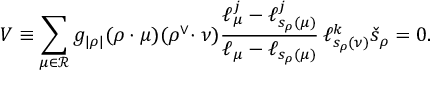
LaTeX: V \equiv \sum _ { \mu \in { \mathcal R } } g _ { | \rho | } ( \rho \cdot \mu ) ( \rho ^ { \vee } \! \cdot \nu ) \frac { \ell _ { \mu } ^ { j } - \ell _ { s _ { \rho } ( \mu ) } ^ { j } } { \ell _ { \mu } - \ell _ { s _ { \rho } ( \mu ) } } \, \ell _ { s _ { \rho } ( \nu ) } ^ { k } \check { s } _ { \rho } = 0 .